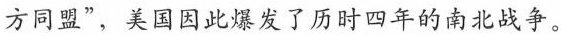
方同盟”，美国因此爆发了历时四年的南北战争。